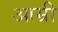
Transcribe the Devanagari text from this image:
आम्री